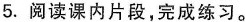
5.阅读课内片段，完成练习。